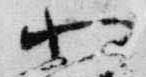
小